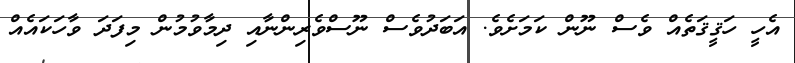
އެހީ ހަޤީޤަތެއް ވެސް ނޫން ކަމަށެވެ. އަބަދުވެސް ނޫސްވެރިންނާއި ދިމާވުމުން މިފަދަ ވާހަކައެއް